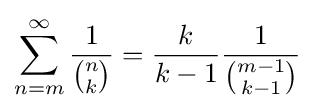
\sum _{n=m}^{\infty }{\frac {1}{\binom {n}{k}}}={\frac {k}{k-1}}{\frac {1}{\binom {m-1}{k-1}}}